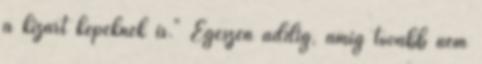
a kizárt képeknek is." Egészen addig, amíg tovább nem